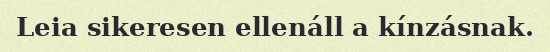
Leia sikeresen ellenáll a kínzásnak.